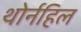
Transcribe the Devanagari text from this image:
थोर्नहिल